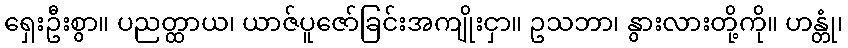
ရှေးဦးစွာ။ ပညတ္ထာယ၊ ယာဇ်ပူဇော်ခြင်းအကျိုးငှာ။ ဥသဘာ၊ နွားလားတို့ကို။ ဟန္တုံ၊